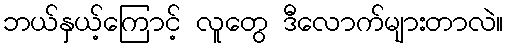
ဘယ်နှယ့်ကြောင့် လူတွေ ဒီလောက်များတာလဲ။